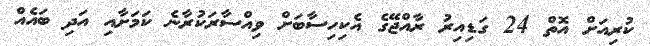
ކުރިއަށް އޮތް 24 ގަޑިއިރު ރާއްޖޭގެ އެކިހިސާބަށް ވިއްސާރަކުރާނެ ކަމަށާއި އަދި ބައެއް